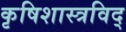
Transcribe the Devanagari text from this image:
कृषिशास्त्रविद्